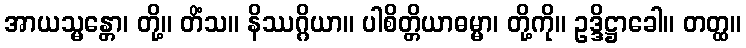
အာယသ္မန္တော၊ တို့။ တိံသ။ နိဿဂ္ဂိယာ။ ပါစိတ္တိယာဓမ္မာ၊ တို့ကို။ ဥဒ္ဒိဋ္ဌာခေါ။ တတ္ထ။